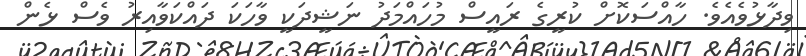
ވިދާޅުވެއެވެ. ހާއްސަކޮށް ކުރީގެ ރައީސް މުހައްމަދު ނަޝީދަކީ ވާހަކަ ދައްކަވާއިރު ވެސް ޅެން